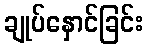
ချုပ်နှောင်ခြင်း